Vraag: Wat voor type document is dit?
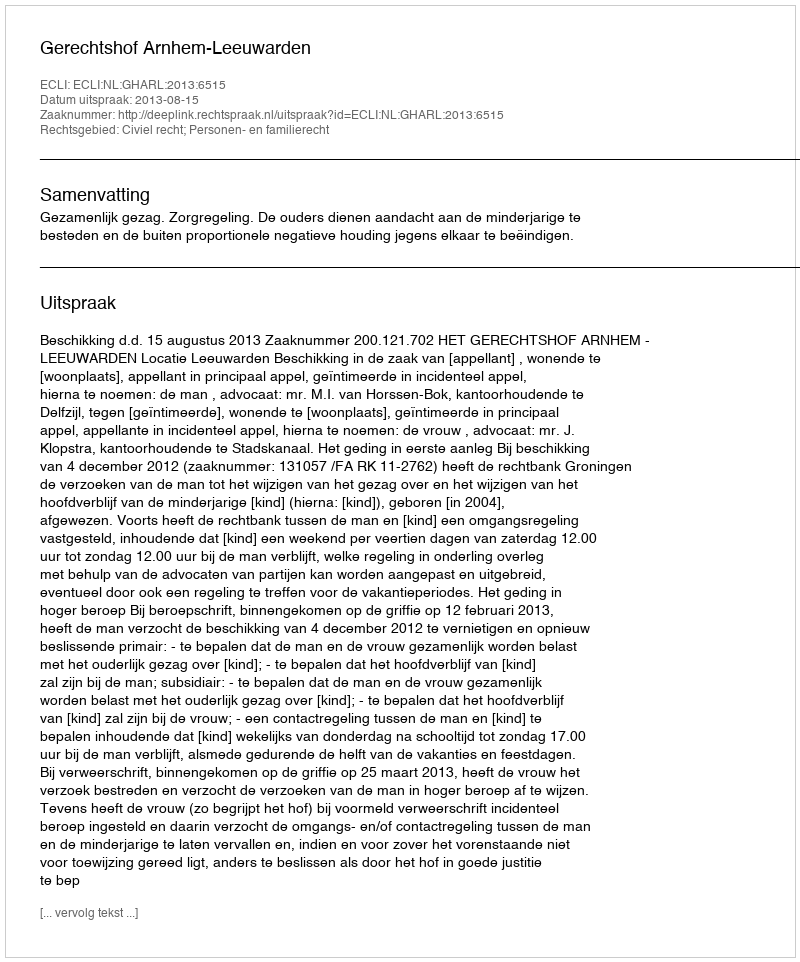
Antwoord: Uitspraak